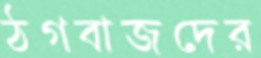
ঠগবাজদের